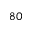
8 0